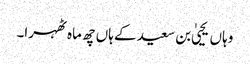
وہاں یحییٰ بن سعید کے ہاں چھ ماہ ٹھہرا۔